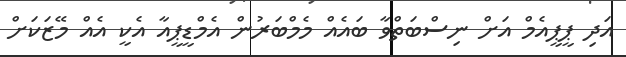
އަދި ޕީޕީއެމް އަށް ނިސްބަތްވާ ބައެއް މެމްބަރުން އެމްޑީޕީއާ އެކީ އެއް މޭޒަކަށް